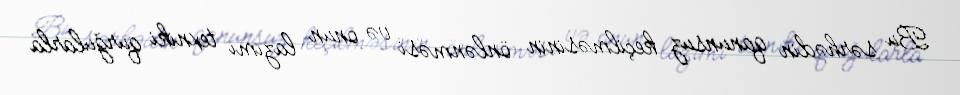
Bu sərhədin qanunsuz keçilməsinin önlənməsi və onun lazımı texniki qurğularla